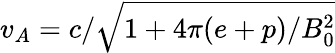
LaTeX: v_{A}=c/\sqrt{1+4\pi(e+p)/B_{0}^{2}}